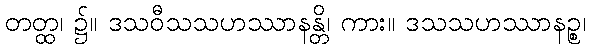
တတ္ထ၊ ၌။ ဒသဝီသသဟဿာနန္တိ၊ ကား။ ဒသသဟဿာနဉ္စ၊